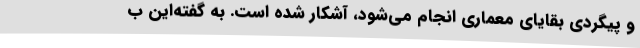
و پیگردی بقایای معماری انجام می‌شود، آشکار شده است. به گفته‌این ب